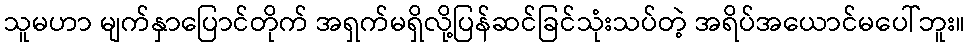
သူမဟာ မျက်နှာပြောင်တိုက် အရှက်မရှိလို့ပြန်ဆင်ခြင်သုံးသပ်တဲ့ အရိပ်အယောင်မပေါ်ဘူး။